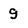
Character: g